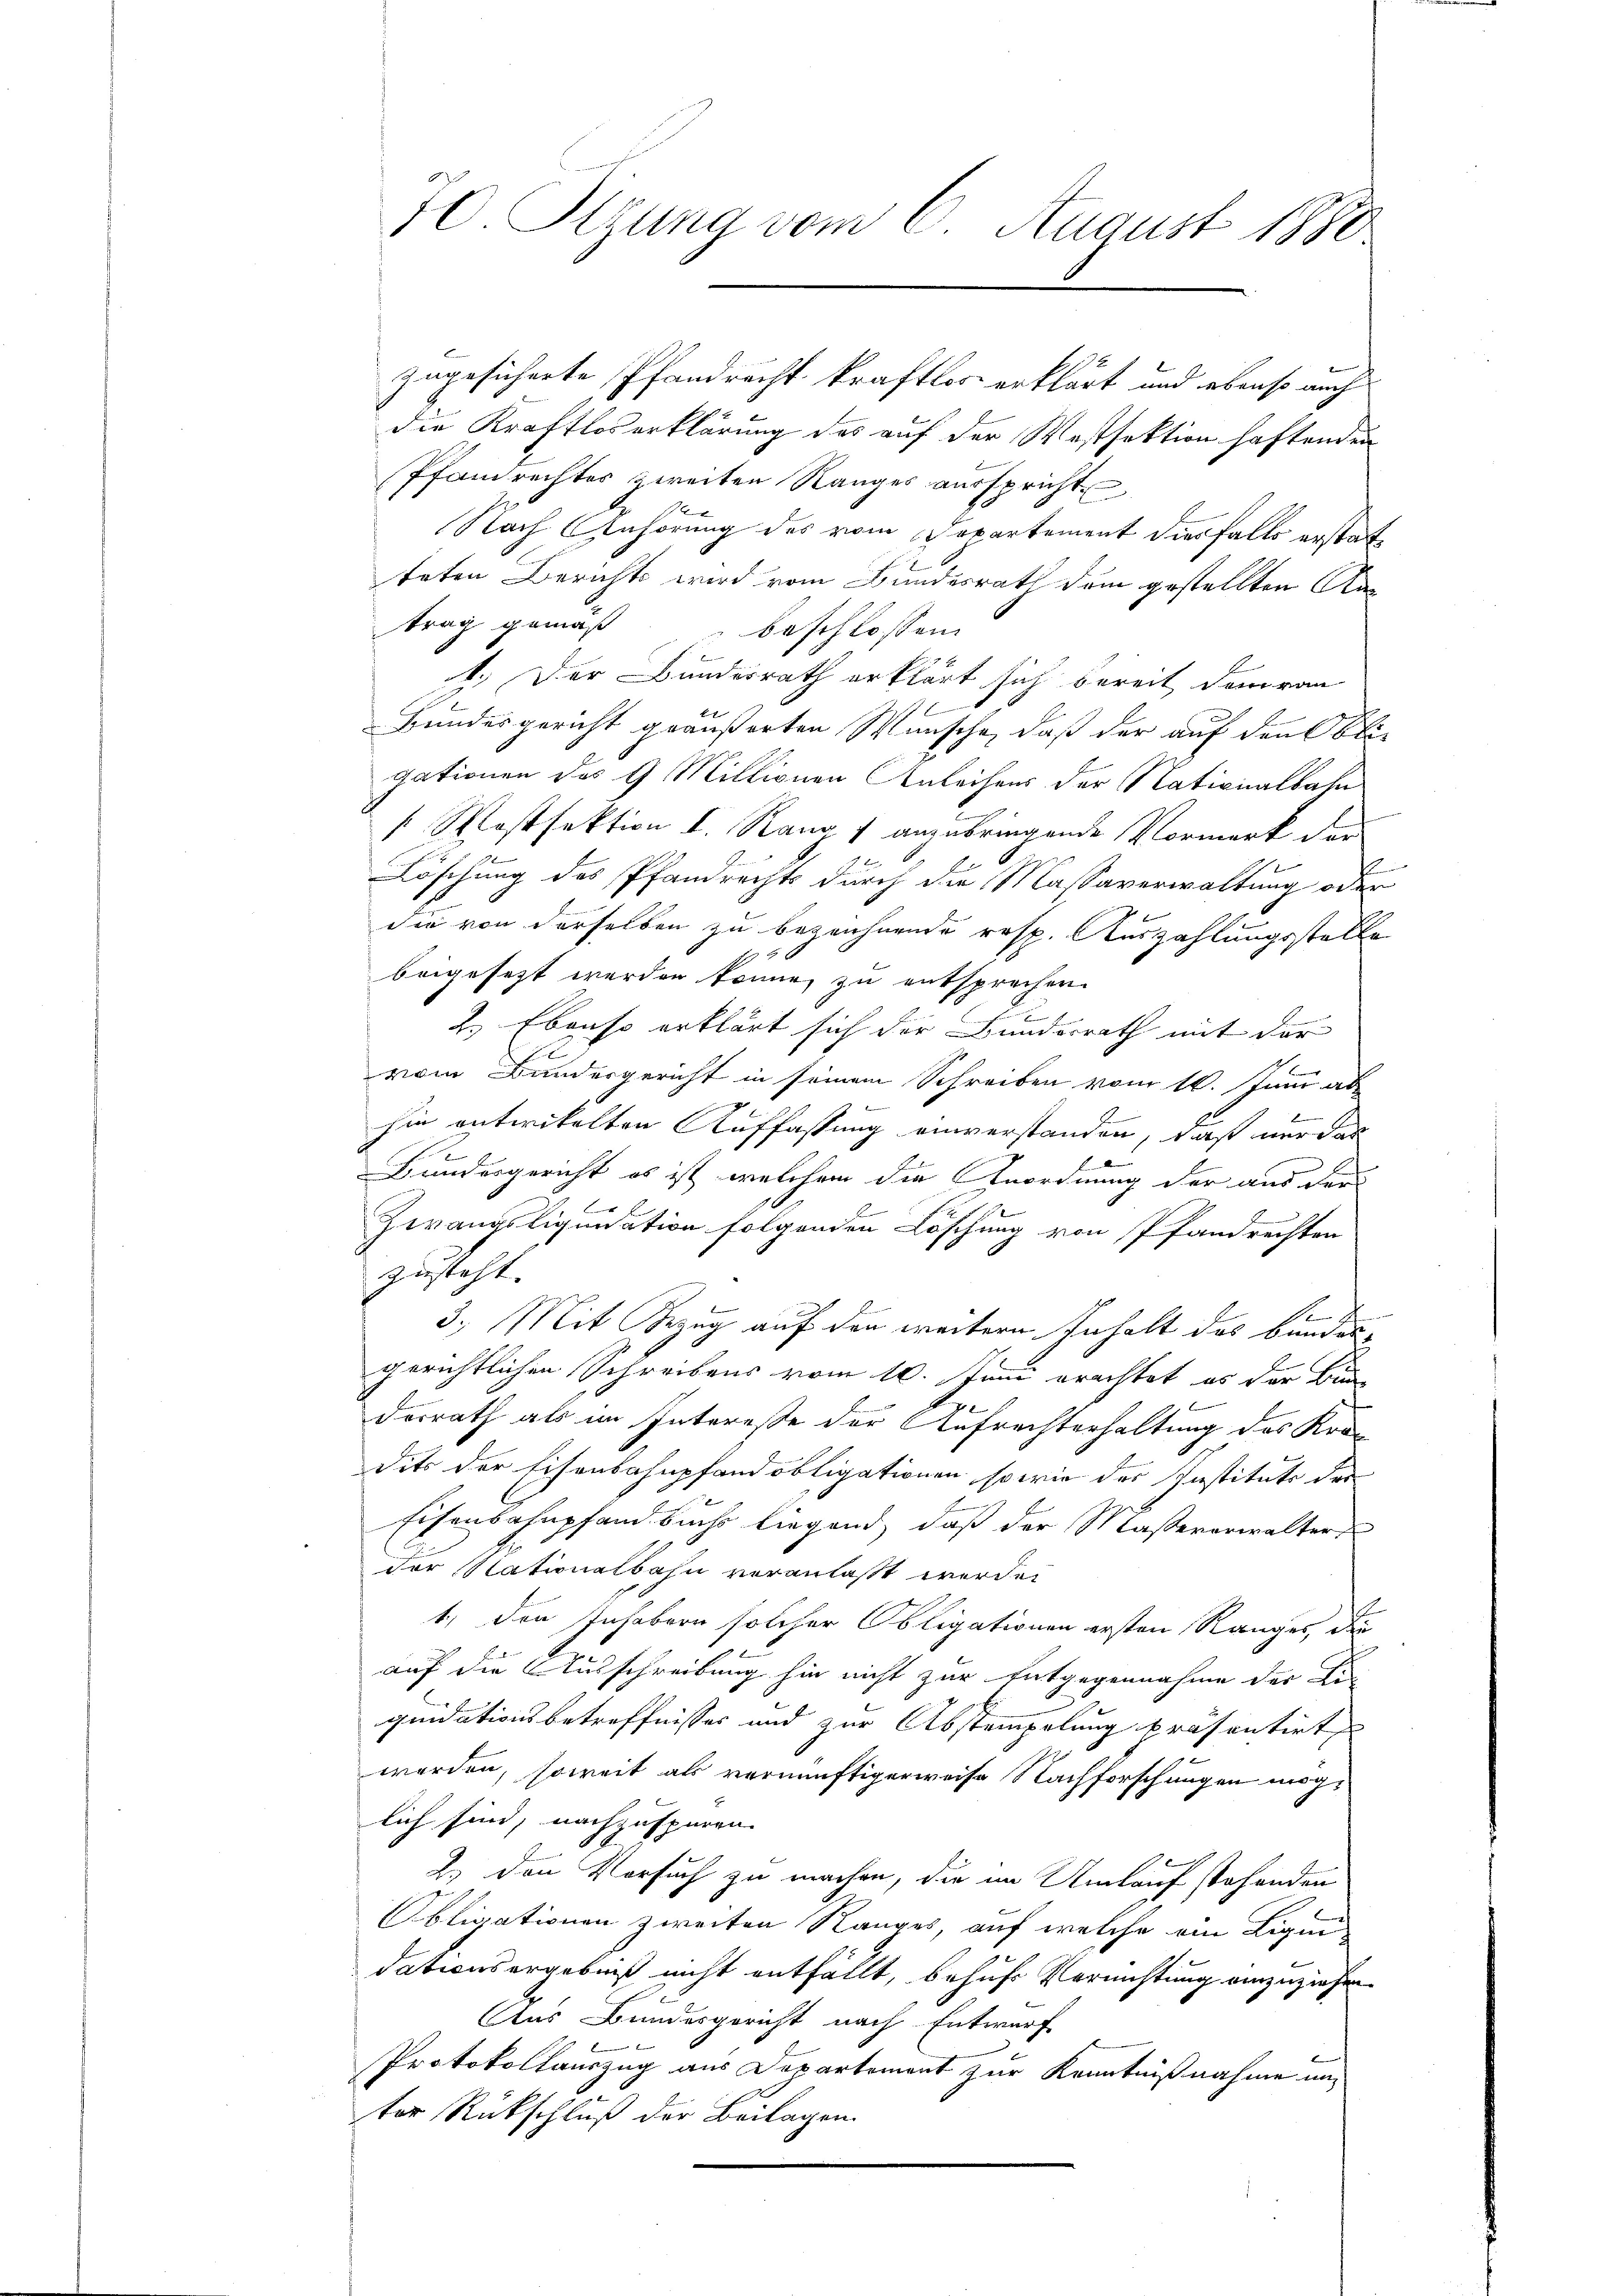
10. Sitzung vom 6. August 1880

die Kraftloserklärung des auf der Westsektion haftenden
Pfandrechtes zweiten Ranges ausspricht
Nach Anhörung des vom Departement diesfalls erstatteten Berichts wird vom Bundesrath dem gestellten Antrag gemäß beschlossen.
1.) Der Bundesrath erklärt sich bereit dem von
Bundesgericht geäußerten Wunsche, daß der auf den Obli-
gationen des 9 Millionen Anleihens der Nationalbahi
 Mostfektion I. Rang 1 anzubringende Vormerk der
t
Löschung des Pfandrechts durch die Massaverwaltung oder
die von derselben zu bezeichnende resp. Auszahlungsstelle
beigesetzt werden könne, zu entsprechen.
2.) Ebenso erklärt sich der Bundesrath mit der
vom Bundesgericht in seinem Schreiben vom 16. Juni ab
hin entwickelten Auffassung einverstanden, daß nur das
Bundergericht es ist, welchem die Anordnung der aus der
Zwangsliquidation folgenden Löschung von Pfandrechten
zusteht.
3.) Mit Bezug auf den weitern Inhalt das Bunden
gerichtlichen Schreibens vom 10. Juni erachtet es der Bun
derrath als im Interesse der Aufrechterhaltung des Kra-
dits der Eisenbahnpfandobligationen sowie des Institute der
Eisenbahnpfand Buchs liegend, daß der Massererwalter
der Nationalbahn veranlaßt werde.
1) den Inhabern solcher Obligationen ersten Ranges, die
auf die Ausschreibung hin nicht zur Entgegennahme der Ei-
quidationsbetreffnisses und zur Abstempelung präsentirt
werden, soweit als vernünftigerweise Nachforschungen möglich sind, nachzuspüren. |
2.) Den Versuch zu machen, die im Umlauf stehenden
Obligationen zweiten Ranges, auf welche ein Liqui-
dationsergebniß nicht entfällt, behufs Verrichtung einzuziehen.
Aus Bundesgericht nach Entwurf
Protokollauszug aus Departement zur Kenntnißnahme unter Rückschluß der Beilagen.

zugesicherte Pfandrecht kraftlos erklärt und ebenso auch